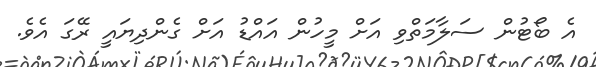
އެ ބޯޓުން ސަލާމަތްވި އަށް މީހުން އައްޑު އަށް ގެންދިޔައީ ރޭގަ އެވެ.